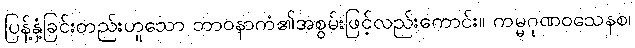
ပြန့်နှံ့ခြင်းတည်းဟူသော ဘာဝနာကံ၏အစွမ်းဖြင့်လည်းကောင်း။ ကမ္မဂုဏဝသေနစ၊